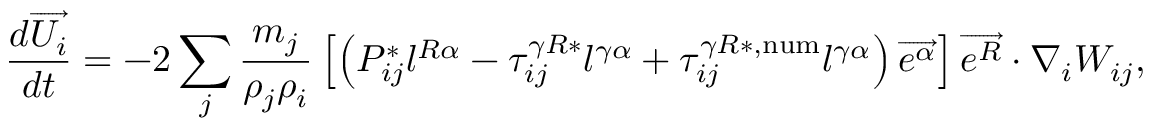
\frac { d \overrightarrow { U _ { i } } } { d t } = - 2 \sum _ { j } \frac { m _ { j } } { \rho _ { j } \rho _ { i } } \left[ \left( P _ { i j } ^ { * } l ^ { R \alpha } - \tau _ { i j } ^ { \gamma R * } l ^ { \gamma \alpha } + \tau _ { i j } ^ { \gamma R * , \mathrm { n u m } } l ^ { \gamma \alpha } \right) \overrightarrow { e ^ { \alpha } } \right] \overrightarrow { e ^ { R } } \cdot \nabla _ { i } W _ { i j } ,